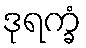
ဒုရက္ခံ